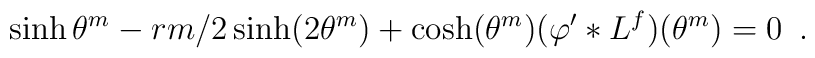
\sinh \theta ^{m}-rm/2\sinh (2\theta ^{m})+\cosh (\theta ^{m})(\varphi^{\prime }*L^{f})(\theta ^{m})=0\,\,\,.